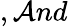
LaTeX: ,\mathcal{A}nd